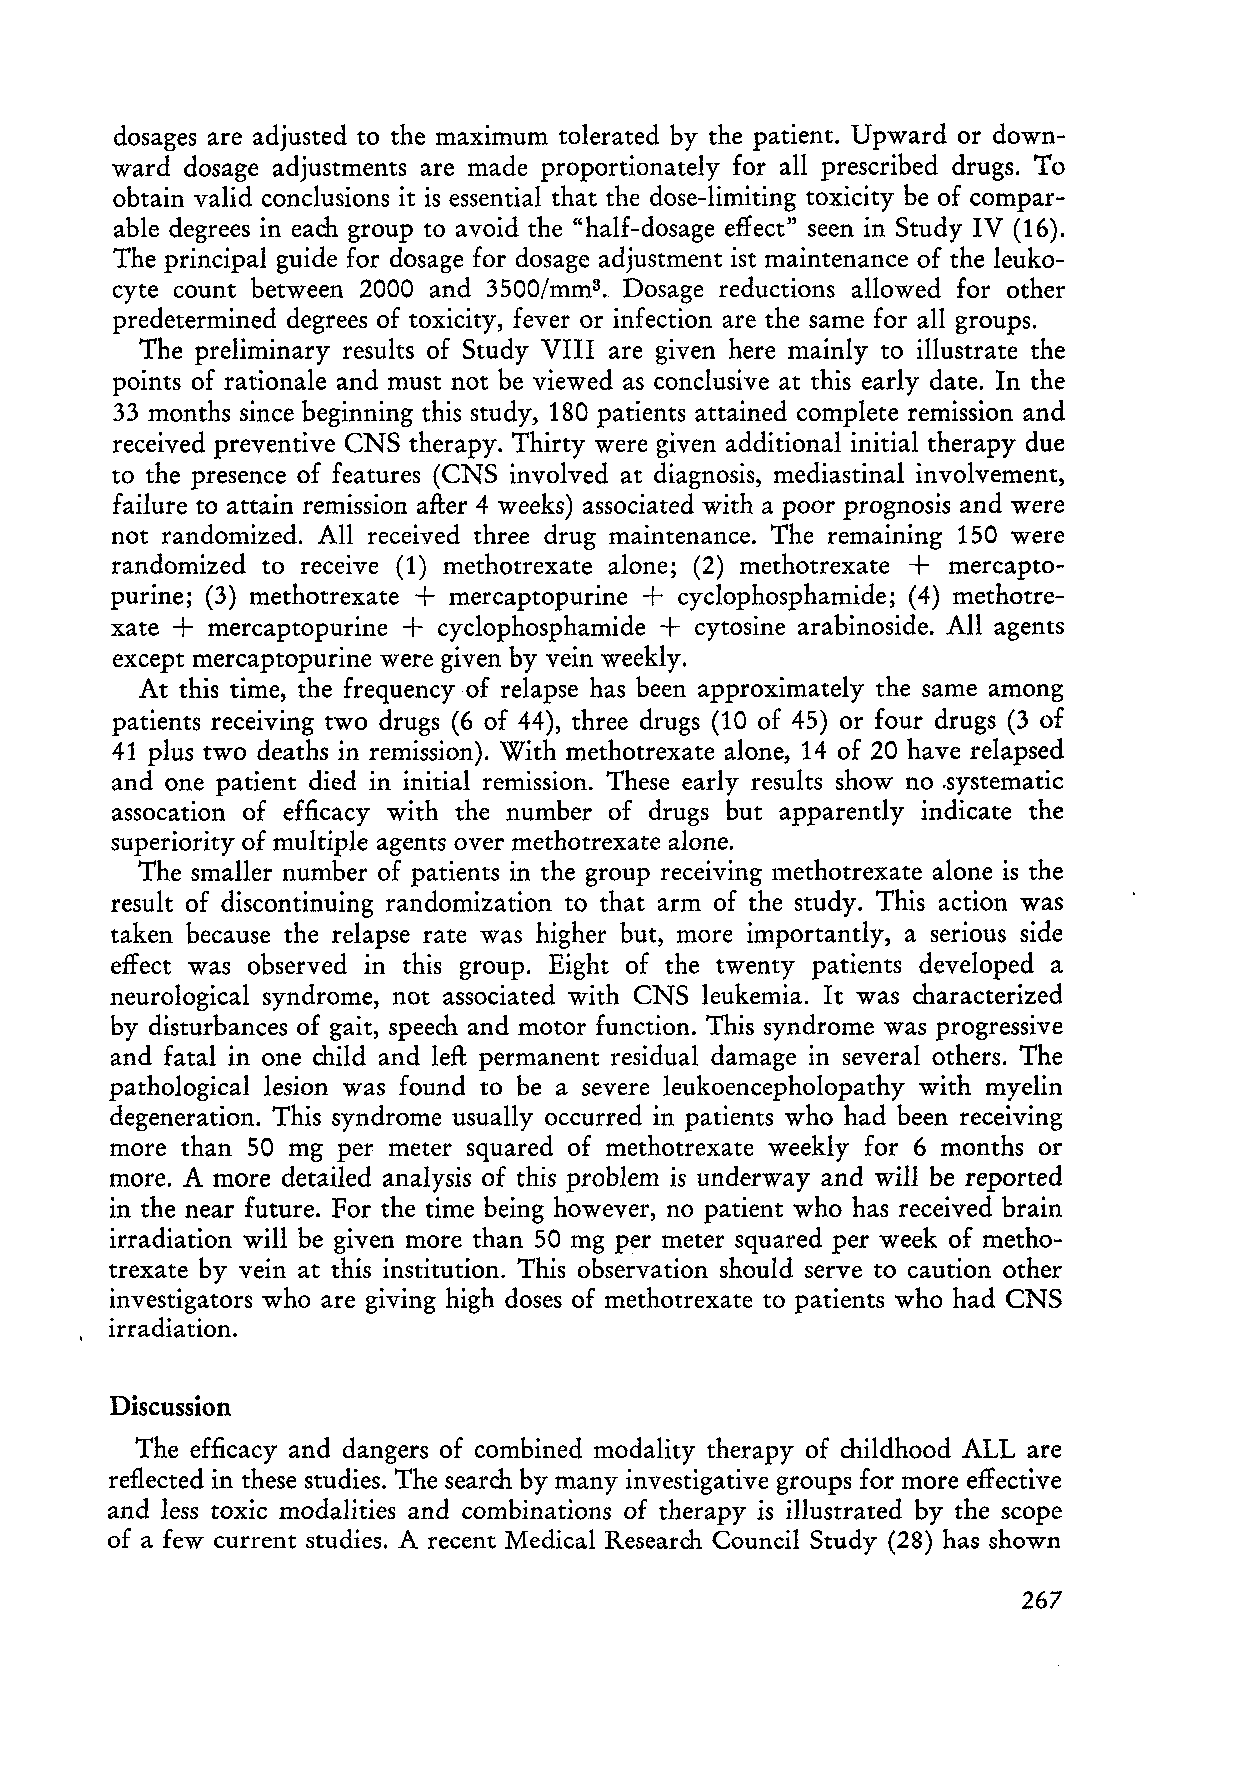
dosages are adjusted to the maximum tolerated by the patient. Upward or down
 ward dosage adjustments are made proportionately for all prescribed drugs. To
 obtain valid conclusions it is essential that the dose-limiting toxicity be of compar
 able degrees in each group to avoid the "half-dosage effect" seen in Study IV (16).
 The principal guide for dosage for dosage adjustment ist maintenance of the leuko
 cyte count between 2000 and 3500/mm3 Dosage reductions allowed for other
 •
 predetermined degrees of toxicity, fever or infection are the same for all groups.
 The preliminary results of Study VIII are given here mainly to illustrate the
 points of rationale and must not be viewed as conclusive at this early date. In the
 33 months since beginning this study, 180 patients attained complete remission and
 received preventive CNS therapy. Thirty were given additional initial therapy due
 to the presence of features (CNS involved at dia gnosis, mediastinal involvement,
 failure to attain remission after 4 weeks) associated with a poor prognosis and were
 not randomized. All received three drug maintenance. The remaining 150 were
 +
 randomized to receive (1) methotrexate alone; (2) methotrexate mercapto
 +               +
 purine; (3) methotrexate mercaptopurine cyclophosphamide; (4) methotre
 +               +                +
 xate   mercaptopurine cyclophosphamide cytosine arabinoside. All agents
 except mercaptopurine were given by vein weekly.
 At this time, the frequency of relapse has been approximately the same among
 patients receiving two drugs (6 of 44), three drugs (10 of 45) or four drugs (3 of
 41 plus two deaths in remission). With methotrexate alone, 14 of 20 have relapsed
 and one patient died in initial remission. These early results show no .systematic
 assocation of efficacy with the number of drugs but apparently indicate the
 superiority of multiple agents over methotrexate alone.
 The sm aller number of patients in the group receiving methotrexate alone is the
 result of discontinuing randomization to that arm of the study. This action was
 taken because the relapse rate was higher but, more importantly, a serious side
 effect was observed in this group. Eight of the twenty patients developed a
 neurological syndrome, not associated with CNS leukemia. It was characterized
 by disturbances of gait, speech and motor function. This syndrome was progressive
 and fatal in one child and left permanent residual damage in several others. The
 pathological lesion was found to be a severe leukoencepholopathy with myelin
 degeneration. This syndrome usually occurred in patients who had been receiving
 more than 50 mg per meter squared of methotrexate weekly for 6 months or
 more. A more detailed analysis of this problem is underway and will be reported
 in the near future. For the time being however, no patient who has received brain
 irradiation will be given more than 50 mg per meter squared per week of metho
 trexate by vein at this institution. This observation should serve to caution other
 investigators who are giving high doses of methotrexate to patients who had CNS
 irradiation.
 Discussion
 The efficacy and dangers of combined modality therapy of childhood ALL are
 reflected in these studies. The search by many investigative groups for more effective
 and less toxic modalities and combinations of therapy is illustrated by the scope
 of a few current studies. Arecent Medical Research Council Study (28) has shown
 267